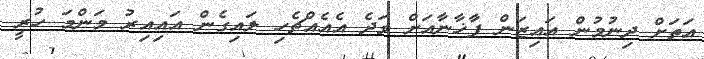
އަތަށް ދިނުމުން އައިޒަން ފާޚާނާއަށް ވަދެ އެއެއްޗެހި ލައިގެން އައިއިރު މަންމަ ހުރީ